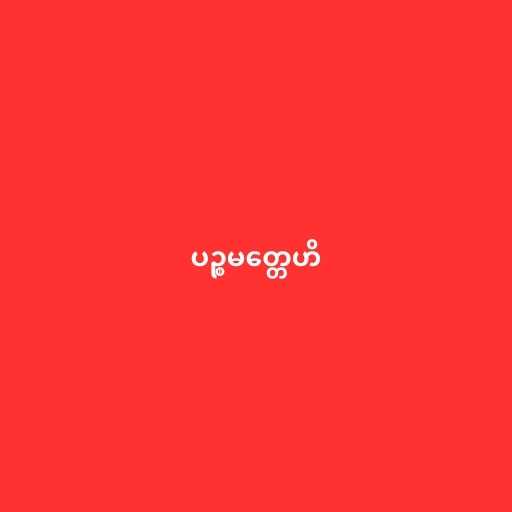
ပဉ္စမတ္တေဟိ